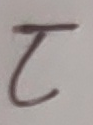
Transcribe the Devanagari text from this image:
८